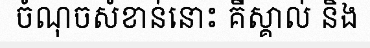
ចំណុចសំខាន់នោះ គឺស្គាល់ និង